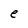
Character: e